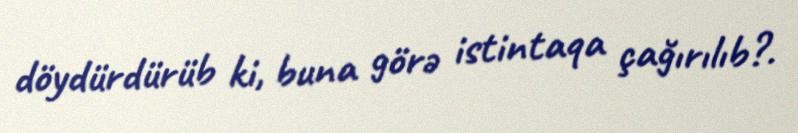
döydürdürüb ki, buna görə istintaqa çağırılıb?.